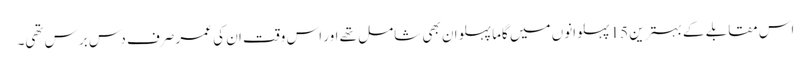
اس مقابلے کے بہترین 15 پہلوانوں میں گاما پہلوان بھی شامل تھے اور اس وقت ان کی عمر صرف دس برس تھی۔